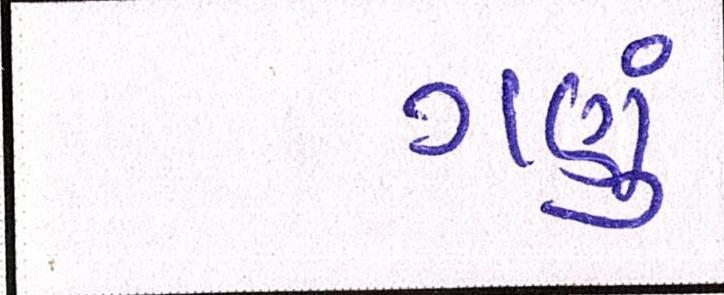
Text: ગણું